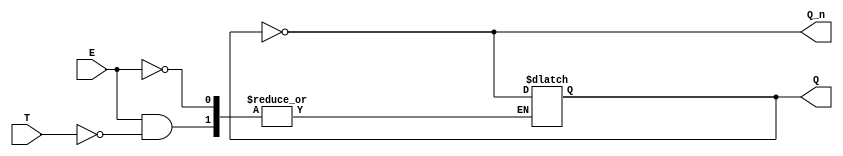
module gated_t_latch (
    input wire T,      // Toggle input
    input wire E,      // Enable input
    output reg Q,      // Output Q
    output wire Q_n    // Complement of Q
);

// Complement of Q
assign Q_n = ~Q;

// Always block that triggers on changes to T or E
always @(E or T) begin
    // When Enable is high, check the Toggle input
    if (E) begin
        if (T) begin
            // Toggle the output
            Q <= ~Q;
        end
    end
    // If Enable is low, retain current state (do nothing)
end

endmodule